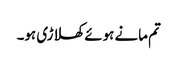
تم مانے ہوئے کھلاڑی ہو۔